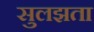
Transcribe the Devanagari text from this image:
सुलझता